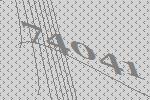
74041